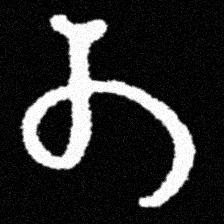
Pyu character \u2014 Myanmar letter: တ (romanized: ta)